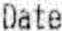
DATE